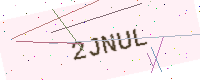
Text: 2JNUL